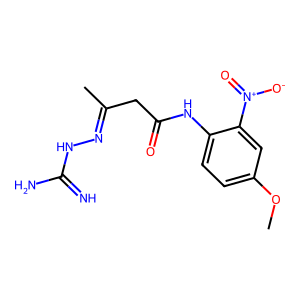
SMILES: COc1ccc(NC(=O)CC(C)=NNC(=N)N)c([N+](=O)[O-])c1
Inhibits HIV replication: No